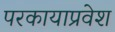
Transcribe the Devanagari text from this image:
परकायाप्रवेश